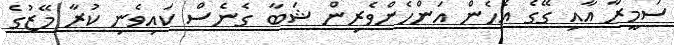
ސަމީރާ އާއި ގޭގެ އެހެން އަންހެންވެރިން ޝަބާ ގެނެސް ކައިވެނި ކުރާ މޭޒުގެ